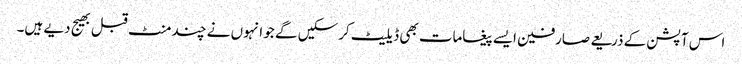
اس آپشن کے ذریعے صارفین ایسے پیغامات بھی ڈیلیٹ کرسکیں گے جو انہوں نے چند منٹ قبل بھیج دیے ہیں۔